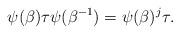
LaTeX: \begin{align*}\psi(\beta) \tau \psi(\beta^{-1}) = \psi(\beta)^j \tau.\end{align*}